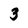
Character: 3